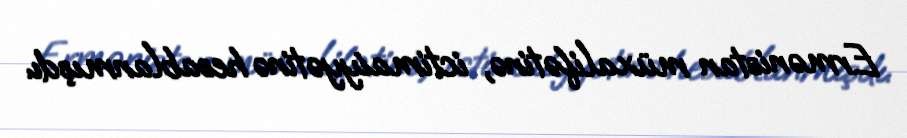
Ermənistan müxalifətinə, ictimaiyyətinə hesablanmışdı.